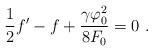
LaTeX: \begin{align*}\frac{1}{2} f' - f + \frac{\gamma \varphi_0^2}{8 F_0} = 0 \ .\end{align*}